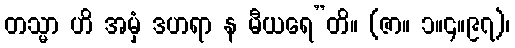
တသ္မာ ဟိ အမှံ ဒဟရာ န မီယရေ”တိ။ (ဇာ။ ၁။၄။၉၇)၊